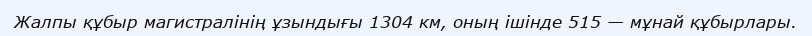
Жалпы құбыр магистралінің ұзындығы 1304 км, оның ішінде 515 — мұнай құбырлары.